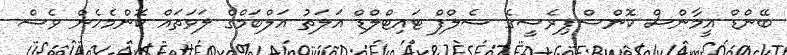
ބޭންޑް އީމާންސް ކޮންސްޕިރެސީގެ ސެލްފް ޓައިޓްލްޑް އަލަތު އަލްބަމްގެ ލަވަތައް ކޮންމެހެން ވެސް